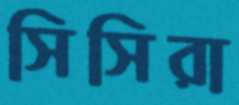
সিসিরা